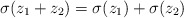
\begin{align*}\sigma(z_1 + z_2) = \sigma(z_1) + \sigma(z_2)\end{align*}